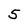
Character: 5